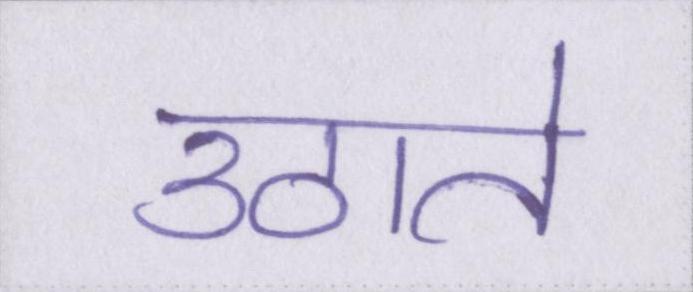
उठाते